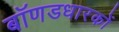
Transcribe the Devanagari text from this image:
बॉणडधारकों